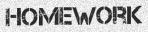
HOMEWORK